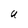
Character: U